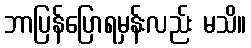
ဘာပြန်ပြောရမှန်းလည်း မသိ။